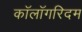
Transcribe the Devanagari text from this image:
कॉलॉगरिदम